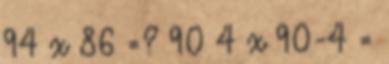
94 x 86 =? 90 4 x 90-4 =